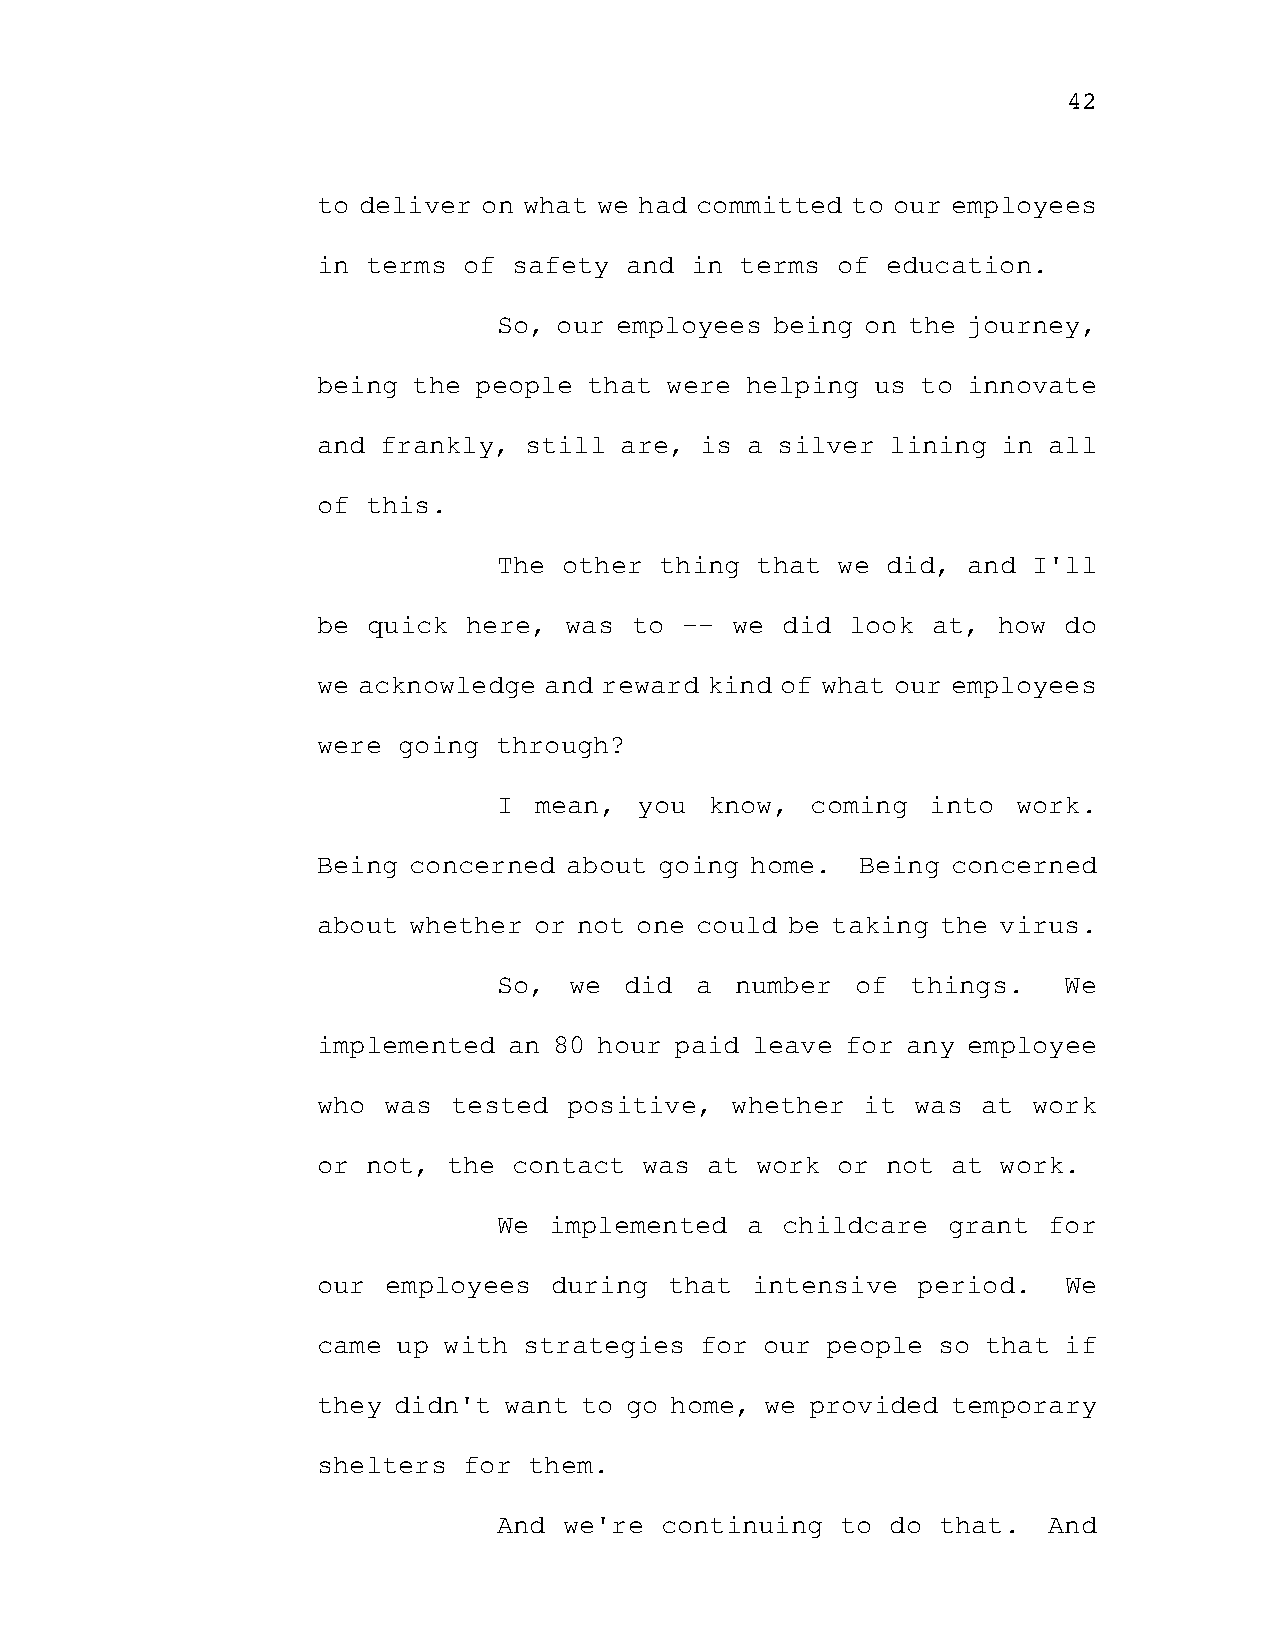
42
 to deliver on what we had committed to our employees
 in terms  of safety and  in terms of  education.
 So, our employees being on the journey,
 being the people  that were helping  us to innovate
 and frankly,  still are, is a silver  lining in all
 of this.
 The other  thing that we  did, and I'll
 be quick  here, was  to -- we  did look  at, how do
 we acknowledge and reward kind of what our employees
 were going  through?
 I mean,  you  know,  coming  into work.
 Being concerned about  going home.  Being concerned
 about whether or not one could be taking the virus.
 So,  we did  a  number  of things.   We
 implemented  an 80 hour paid leave for any employee
 who was  tested  positive, whether  it  was at work
 or not,  the contact  was at work or  not at work.
 We implemented  a  childcare  grant for
 our employees  during  that  intensive  period.  We
 came up with  strategies for  our people so that if
 they didn't want to go home,  we provided temporary
 shelters  for them.
 And we're  continuing  to do that.  And